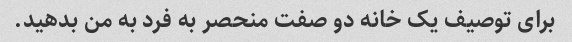
برای توصیف یک خانه دو صفت منحصر به فرد به من بدهید.